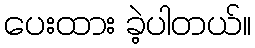
ပေးထား ခဲ့ပါတယ်။